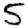
Digit: 5